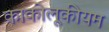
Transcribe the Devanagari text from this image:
काकोलूकीयम